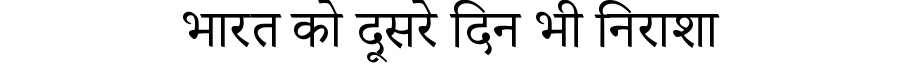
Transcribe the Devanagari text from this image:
भारत को दूसरे दिन भी निराशा